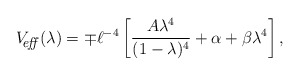
\begin{align*}V_{\hbox{\footnotesize\it \hspace{-6pt} eff\,}}(\lambda) = \mp \ell^{-4}\left[{A\lambda^4 \over (1-\lambda)^4} +\alpha+\beta\lambda^4\right],\end{align*}